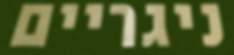
ניגריים